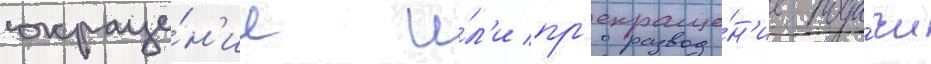
сокраще́н'ие и́л'и пр'екраще́н'ие пода́чи